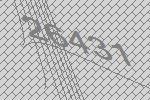
26431